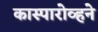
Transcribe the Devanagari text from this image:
कास्पारोव्हने